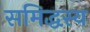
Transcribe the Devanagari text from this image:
समिद्धस्य